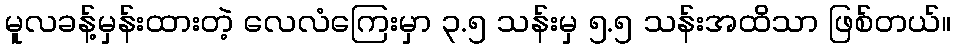
မူလခန့်မှန်းထားတဲ့ လေလံကြေးမှာ ၃.၅ သန်းမှ ၅.၅ သန်းအထိသာ ဖြစ်တယ်။